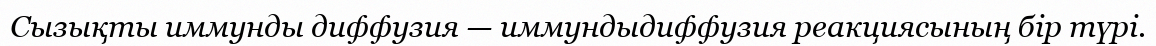
Сызықты иммунды диффузия — иммундыдиффузия реакциясының бір түрі.